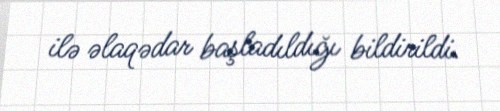
ilə əlaqədar başladıldığı bildirildi.